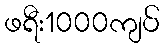
ဖရီး1000ကျပ်